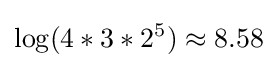
\log(4*3*2^{5})\approx 8.58